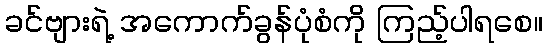
ခင်ဗျားရဲ့ အကောက်ခွန်ပုံစံကို ကြည့်ပါရစေ။